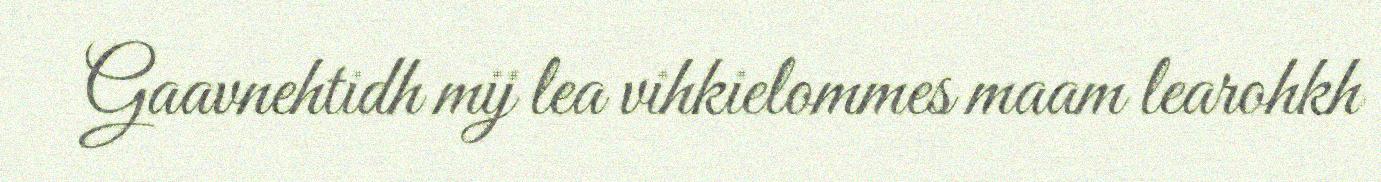
Gaavnehtidh mij lea vihkielommes maam learohkh